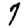
Digit: 7